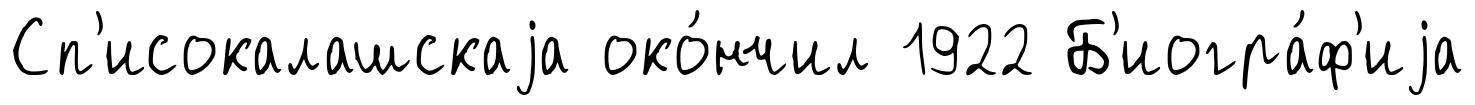
Сп'исокалашскаjа око́нчил 1922 Б'иогра́ф'иjа